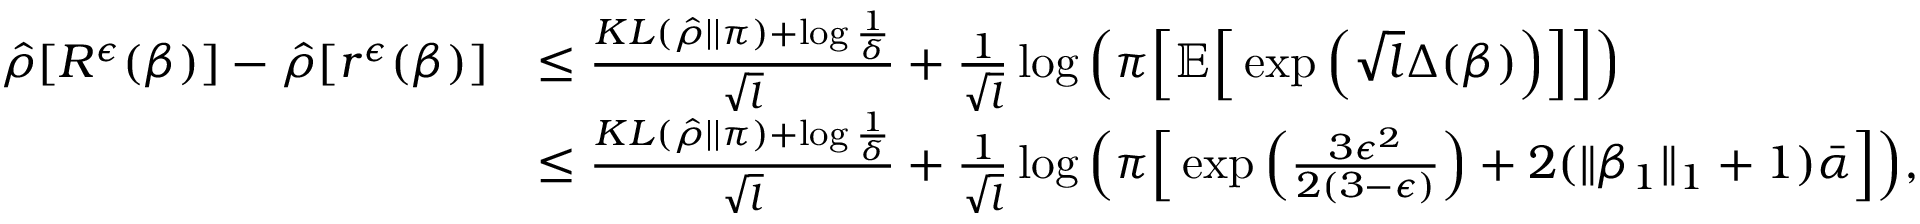
\begin{array} { r l } { \hat { \rho } [ R ^ { \epsilon } ( \beta ) ] - \hat { \rho } [ r ^ { \epsilon } ( \beta ) ] } & { \leq \frac { K L ( \hat { \rho } | | \pi ) + \log \frac { 1 } { \delta } } { \sqrt { l } } + \frac { 1 } { \sqrt { l } } \log \Big ( \pi \Big [ \mathbb { E } \Big [ \exp \Big ( \sqrt { l } \Delta ( \beta ) \Big ) \Big ] \Big ] \Big ) } \\ & { \leq \frac { K L ( \hat { \rho } | | \pi ) + \log \frac { 1 } { \delta } } { \sqrt { l } } + \frac { 1 } { \sqrt { l } } \log \Big ( \pi \Big [ \exp \Big ( \frac { 3 \epsilon ^ { 2 } } { 2 ( 3 - \epsilon ) } \Big ) + 2 ( \| \beta _ { 1 } \| _ { 1 } + 1 ) \bar { \alpha } \Big ] \Big ) , } \end{array}